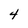
Character: 4